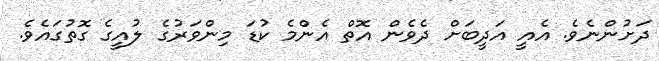
ދަށުންނެވެ. އެއީ އަދީބަށް ދެވެން އޮތް އެންމެ ކުޑަ މިންވަރުގެ ލުއީގެ ގޮތުގައެވެ.